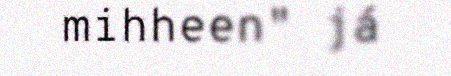
mihheen" já